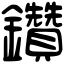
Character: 鑽